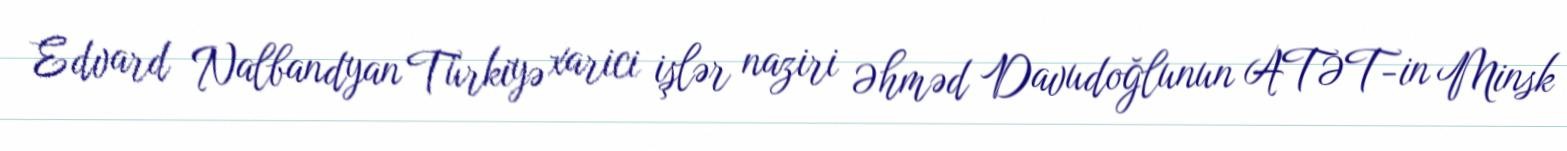
Edvard Nalbandyan Türkiyə xarici işlər naziri Əhməd Davudoğlunun ATƏT-in Minsk